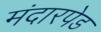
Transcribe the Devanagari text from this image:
मंदारपेड